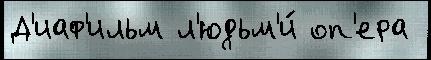
Д'иаф'ильм л'юдьм'и́ оп'ера